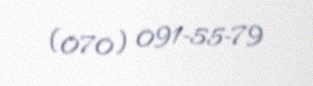
(070) 091-55-79